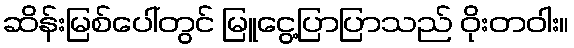
ဆိန်းမြစ်ပေါ်တွင် မြူငွေ့ပြာပြာသည် ဝိုးတဝါး။